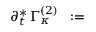
\partial _ { t } ^ { \ast } \, \Gamma _ { \kappa } ^ { ( 2 ) } \; \; : = \; \;